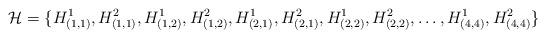
LaTeX: \begin{align*}\mathcal{H}=\{H_{(1,1)}^1,H_{(1,1)}^2,H_{(1,2)}^1,H_{(1,2)}^2,H_{(2,1)}^1,H_{(2,1)}^2,H_{(2,2)}^1,H_{(2,2)}^2,\dots,H_{(4,4)}^1,H_{(4,4)}^2\}\end{align*}